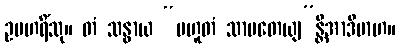
ဥပဟရိံသု။ တံ သန္ဓာယ “ပဟူတံ သာပတေယျ”န္တိအာဒိမာဟ။